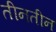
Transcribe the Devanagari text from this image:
तीनतीन